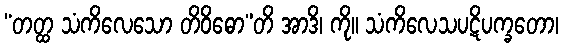
“တတ္ထ သံကိလေသော တိဝိဓော”တိ အာဒိ၊ ကို။ သံကိလေသပဋိပက္ခတော၊